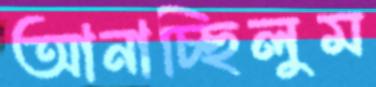
আনাচ্ছিলুম